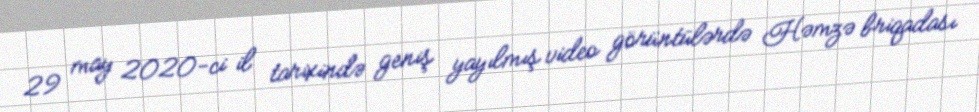
29 may 2020-ci il tarixində geniş yayılmış video görüntülərdə Həmzə briqadası